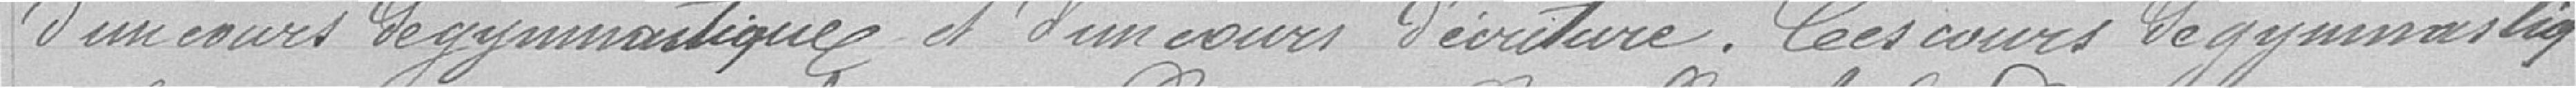
d'un cours de gymnastique et d'un cours d'écriture. Ces cours de gymnastique